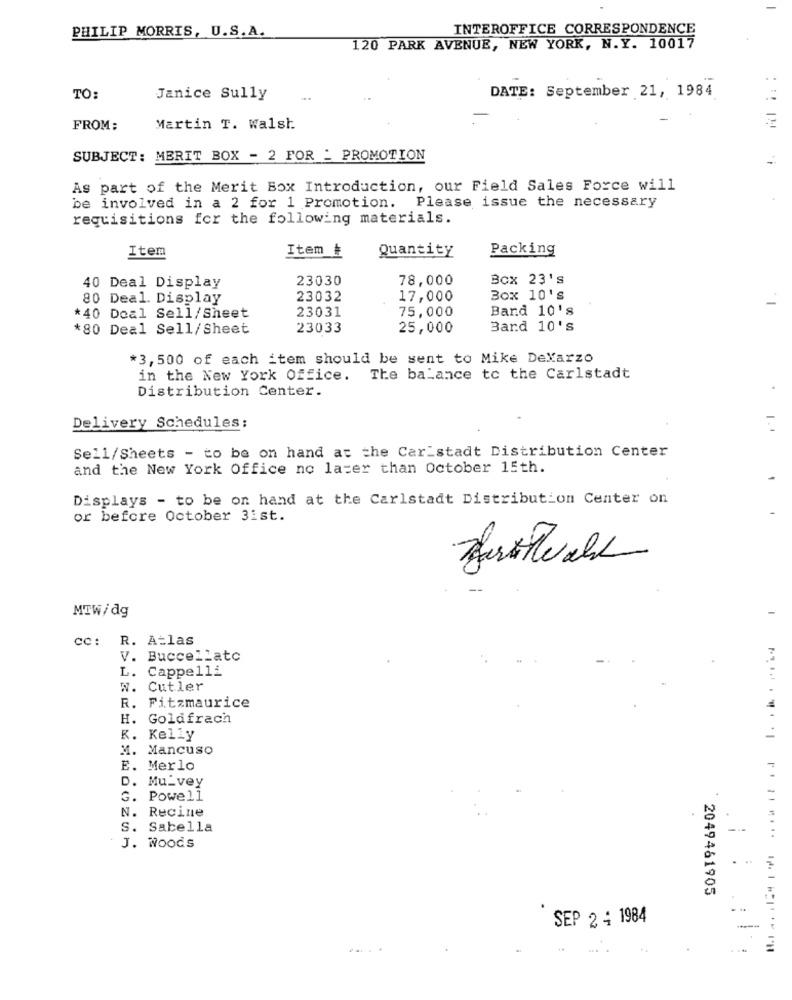
PHILIP MORRIS, U.S.A.
INTEROFFICE CORRESPONDENCE
120 PARK AVENUE, NEW YORK, N.Y. 10017
TO:
Janice Sully
DATE: September 21, 1984
FROM:
Martin T. Walsh
SUBJECT: MERIT BOX - 2 FOR - PROMOTION
As part of the Merit Box Introduction, our Field Sales Force will
be involved in a 2 for 1 Promotion. Please issue the necessary
requisitions for the following materials.
Item #
Quantity
Packing
Item
23030
78,000
Box 23's
40 Deal Display
80 Deal. Display
23032
17,000
Box 10's
23031
75,000
Band 10's
*40 Doal Sell/Sheet
*80 Deal Sell/Sheet
23033
25,000
Bard 10's
*3, 500 of each item should be sent to Mike DeMarzo
in the New York Office. The balance to the Carlstadt
Distribution Center.
Delivery Schedules:
1.
Sell/Sheets - to be on hand at the Car_stadt Distribution Center
and the New York Office no later than October 15th.
Displays - to be on hand at the Carlstadt Distribution Center on
or before October 3ist.
Hurstwahl
MTW/dg
cc :
R. Atlas
V. Buccellato
L. Cappelli
w. Cutler
R. Fitzmaurice
Goldfrach
R. Kelly
Mancuso
E. Merlo
Mu_vey
G. Powell
N.
Recine
S. Sabella
-
J. Woods
2049461905
SEP 2 4 1984